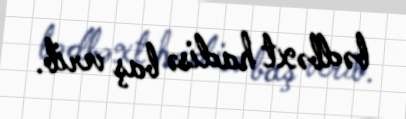
bədbəxt hadisə baş verib.